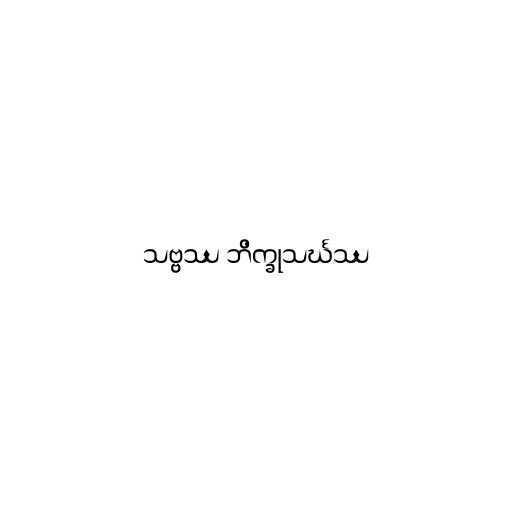
သဗ္ဗဿ ဘိက္ခုသင်္ဃဿ